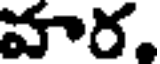
వార.